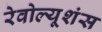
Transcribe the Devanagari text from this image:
रेवोल्यूशंस